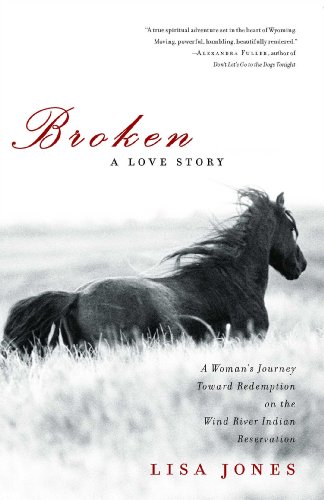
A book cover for Broken: A Love Story; Lisa Jones; Biographies & Memoirs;